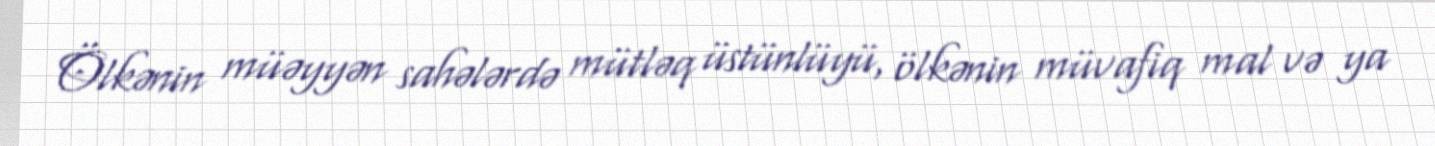
Ölkənin müəyyən sahələrdə mütləq üstünlüyü, ölkənin müvafiq mal və ya